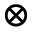
\otimes